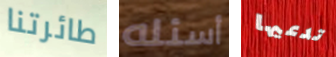
طائرتنا أسئله تدعيها